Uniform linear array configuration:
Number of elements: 48
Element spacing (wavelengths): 0.75
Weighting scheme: uniform
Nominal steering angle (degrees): -60
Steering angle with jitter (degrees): -61.47
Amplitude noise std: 0.05
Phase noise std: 0.05

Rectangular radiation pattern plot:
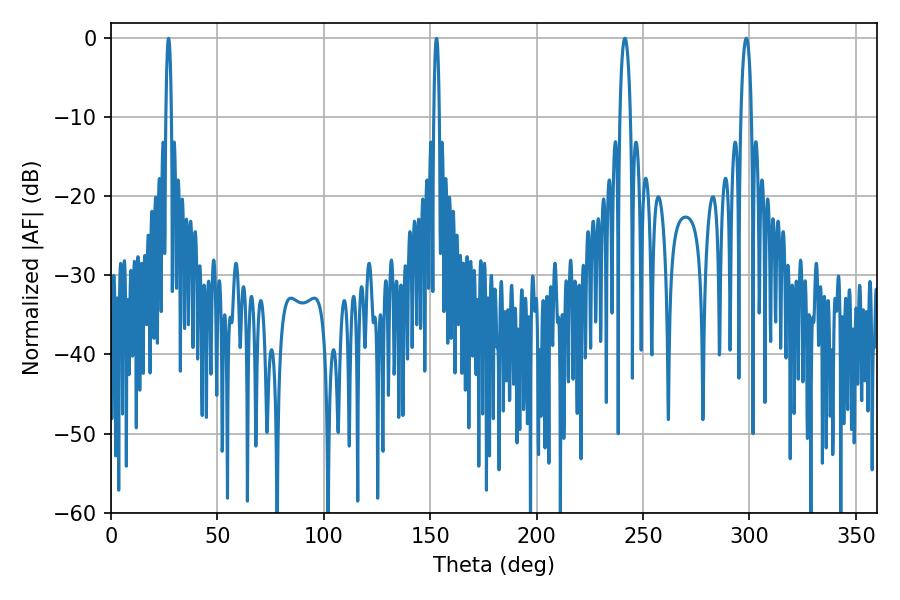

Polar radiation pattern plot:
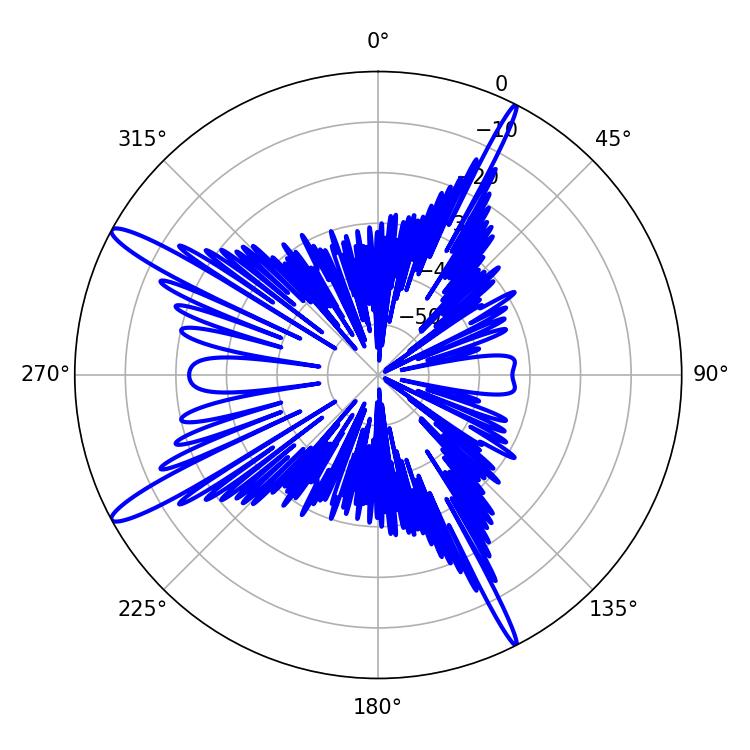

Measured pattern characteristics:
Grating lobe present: TRUE
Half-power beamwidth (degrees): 2.7
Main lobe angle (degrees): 298.44